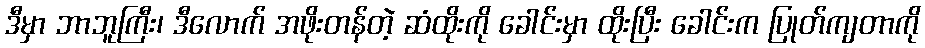
ဒီမှာ ဘာဘူကြီး၊ ဒီလောက် အဖိုးတန်တဲ့ ဆံထိုးကို ခေါင်းမှာ ထိုးပြီး ခေါင်းက ပြုတ်ကျတာကို